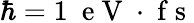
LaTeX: \hbar=1~\mathrm{~e~V~}\cdot\mathrm{~f~s~}